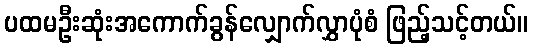
ပထမဦးဆုံးအကောက်ခွန်လျှောက်လွှာပုံစံ ဖြည့်သင့်တယ်။